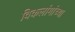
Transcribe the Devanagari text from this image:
विकलांगांच्या